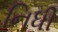
નિધી